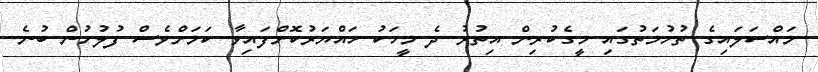
މައްސަލައިގެ ތުހުމަތުގައި މީގެކުރިން އިތުރު ދެ މީހަކު ހައްޔަރުކޮށްފައިވާ ކަމަށްވެސް ފުލުހުން ބުނެ